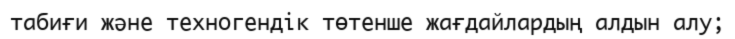
табиғи және техногендік төтенше жағдайлардың алдын алу;